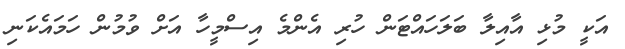
އަކީ މުޅި އާއިލާ ބަލަހައްޓަން ހުރި އެންމެ އިސްމީހާ އަށް ވުމުން ހަމައެކަނި